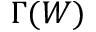
\Gamma ( W )